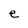
Character: e